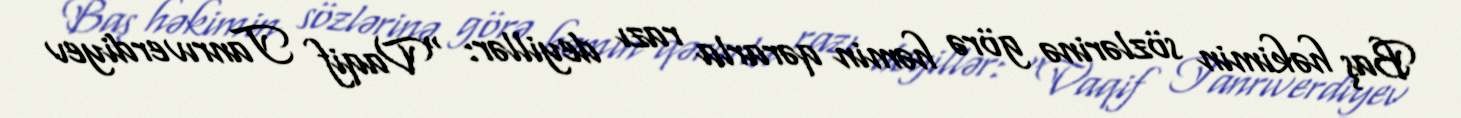
Baş həkimin sözlərinə görə həmin qərarla razı deyillər: “Vaqif Tanrıverdiyev